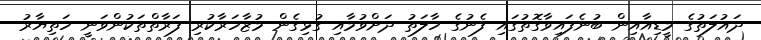
ދައުލަތުގެ މީޑިއާއިން ބުނެފައިވާގޮތުގައި ފެނުގެ ހާލަތު ދަށްވުމާއި ގުޅިގެން މުޒާހަރާކުރި ފަރާތްތަކުންވަނީ ހަތިޔާރު